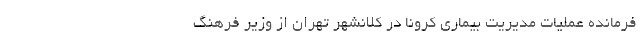
فرمانده عملیات مدیریت بیماری کرونا در کلانشهر تهران از وزیر فرهنگ